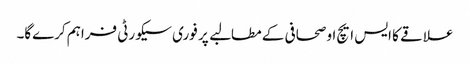
علاقے کا ایس ایچ او صحافی کے مطالبے پر فوری سیکورٹی فراہم کرےگا۔